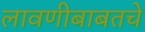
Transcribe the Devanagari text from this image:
लावणीबाबतचे